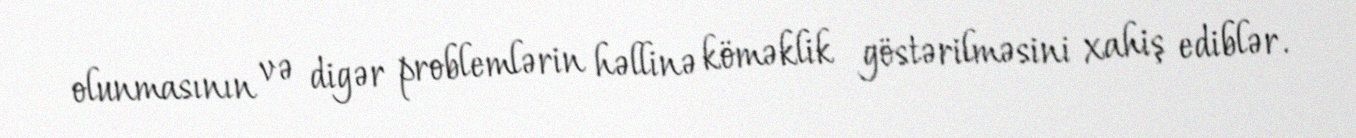
olunmasının və digər problemlərin həllinə köməklik göstərilməsini xahiş ediblər.